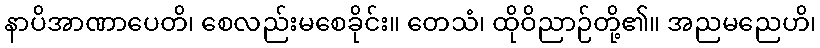
နာပိအာဏာပေတိ၊ စေလည်းမစေခိုင်း။ တေသံ၊ ထိုဝိညာဉ်တို့၏။ အညမညေဟိ၊